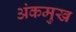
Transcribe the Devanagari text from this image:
अंकमुख